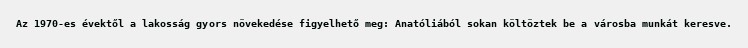
Az 1970-es évektől a lakosság gyors növekedése figyelhető meg: Anatóliából sokan költöztek be a városba munkát keresve.